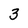
Character: 3